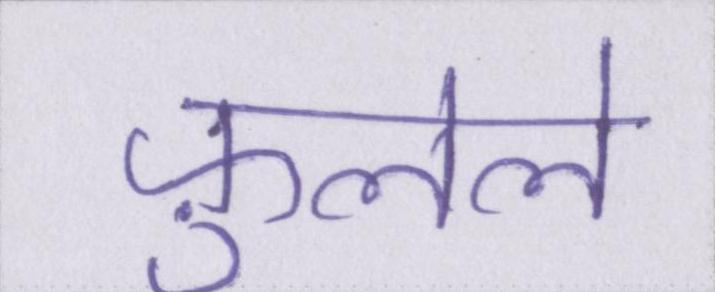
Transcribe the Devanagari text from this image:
फ़ुलेले